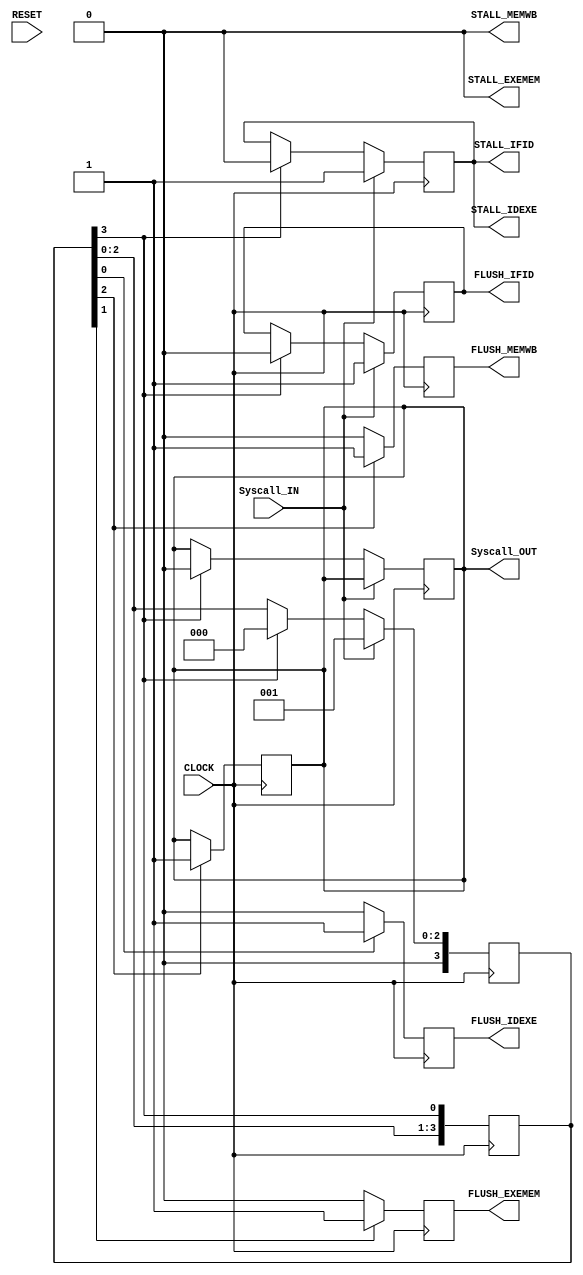
module Hazard(

	//MODULE INPUTS
	
		//CONTROL SIGNALS
		input	CLOCK,
		input 	RESET,
	//	input	_jump_IDEXE,
		input	Syscall_IN,

	//MODULE OUTPUTS

		output 	STALL_IFID,
		output 	FLUSH_IFID,
	
		output 	STALL_IDEXE,
		output 	FLUSH_IDEXE,
	
		output 	STALL_EXEMEM,
		output 	FLUSH_EXEMEM,
	
		output 	STALL_MEMWB,
		output 	FLUSH_MEMWB,
		output	Syscall_OUT

);

reg [4:0] MultiCycleRing;
reg [3:0] MultiCycleRing2;
reg		  STALL;
reg		  FLUSHIDEXE;
reg		  FLUSHEXEMEM;
reg		  FLUSHMEMWB;
reg		  FLUSHIFID;
reg		syscall;
	
/*********************************/
assign FLUSH_MEMWB = FLUSHMEMWB;
assign STALL_MEMWB = 1'b0;

assign FLUSH_EXEMEM = FLUSHEXEMEM;
assign STALL_EXEMEM = 1'b0;

assign FLUSH_IDEXE = FLUSHIDEXE;
assign STALL_IDEXE = STALL;

assign FLUSH_IFID = FLUSHIFID;
assign STALL_IFID = STALL;

assign Syscall_OUT = syscall;
	
/*******************************/
always @(negedge CLOCK) begin
	if(Syscall_IN)begin
		MultiCycleRing2 = 4'b0001;
		STALL	<= 1'b1;
		FLUSHIFID <= 1'b1;
	end
	else if(MultiCycleRing2[3])begin 
		MultiCycleRing2 = 4'b0000;
		STALL	<= 1'b0;
		FLUSHIFID <= 1'b0;
		syscall <= 1'b0;
	end

end

always @(posedge CLOCK)begin
	MultiCycleRing2 = {{MultiCycleRing2[2:0], MultiCycleRing2[3]}};

	if(MultiCycleRing2[3])begin
		syscall <= 1;
	end

	if(MultiCycleRing2[1])begin
		FLUSHIDEXE <= 1'b1;
	end
	else begin
		FLUSHIDEXE <= 1'b0;
	end

	if(MultiCycleRing2[2])begin
		FLUSHEXEMEM <= 1'b1;
	end
	else begin
		FLUSHEXEMEM <= 1'b0;
	end

	if(MultiCycleRing2[3])begin
		FLUSHMEMWB <= 1'b1;
	end
	else begin
		FLUSHMEMWB <= 1'b0;
	end	

end

always @(posedge CLOCK or negedge RESET) begin

	if(!RESET) begin

		MultiCycleRing <= 5'b00001;

	end else if(CLOCK) begin

		$display("");
		$display("----- HAZARD UNIT -----");
		$display("Multicycle Ring: %b", MultiCycleRing);

		MultiCycleRing <= {{MultiCycleRing[3:0],MultiCycleRing[4]}};

	end

end

endmodule